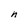
Character: n